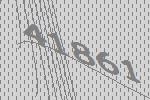
41861